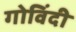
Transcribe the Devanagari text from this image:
गोविंदी